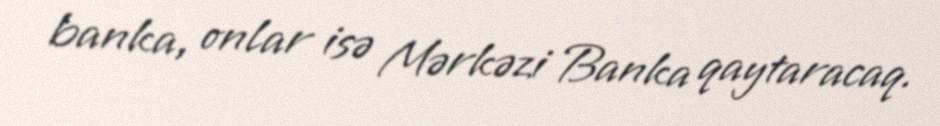
banka, onlar isə Mərkəzi Banka qaytaracaq.